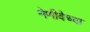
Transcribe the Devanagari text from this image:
नेणीवेच्या